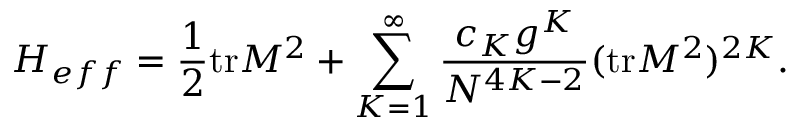
H _ { e f f } = \frac { 1 } { 2 } \mathrm { t r } M ^ { 2 } + \sum _ { K = 1 } ^ { \infty } \frac { c _ { K } g ^ { K } } { N ^ { 4 K - 2 } } ( \mathrm { t r } M ^ { 2 } ) ^ { 2 K } .